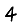
Digit: 4